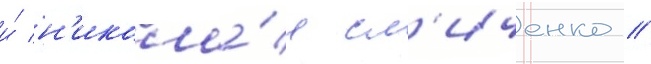
и́ н'икола́я сл'иченко //